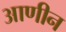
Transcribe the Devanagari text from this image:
आणीन